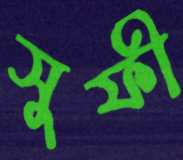
সুফী